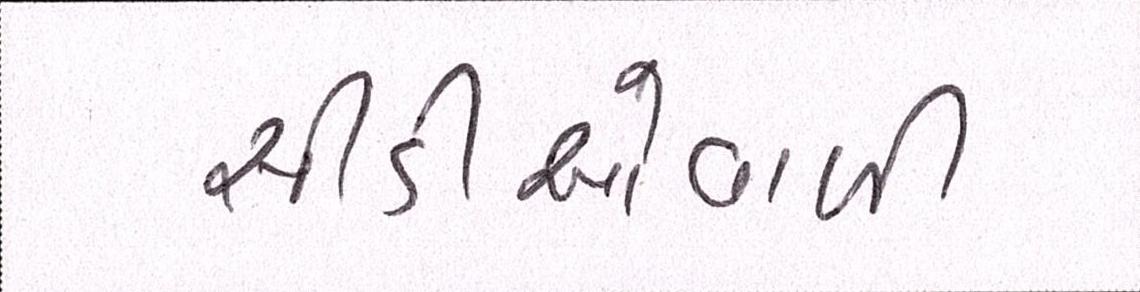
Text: સીડીઓવાળી